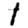
Digit: 1